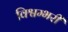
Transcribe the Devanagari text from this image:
विश्वम्भरी